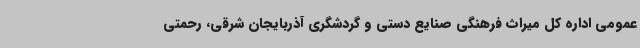
عمومی اداره کل میراث فرهنگی صنایع دستی و گردشگری آذربایجان شرقی، رحمتی